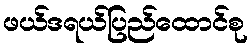
ဖယ်ဒရယ်ပြည်ထောင်စု